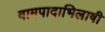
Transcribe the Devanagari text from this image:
वामपादाभिलाषी